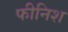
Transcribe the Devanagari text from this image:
फीनिश